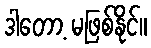
ဒါတော့ မဖြစ်နိုင်။